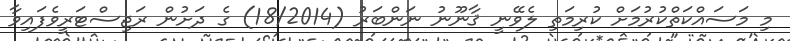
މި މަސައްކަތްކުރުމަށް ކުރިމަތި ލެވޭނީ ޤާނޫނު ނަންބަރު (18/2014) ގެ ދަށުން ރަޖިސްޓަރީވެފައިވާ